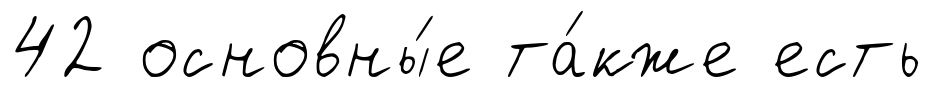
42 основны́е та́кже есть